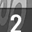
Digit: 2